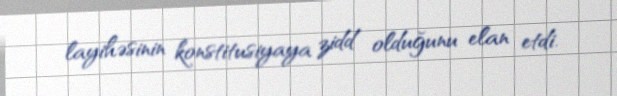
layihəsinin konstitusiyaya zidd olduğunu elan etdi.